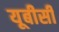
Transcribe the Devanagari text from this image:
यूबीसी